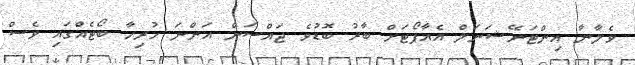
ވެލާނާ އިންޓަނޭޝަނަލް އެއާޕޯޓަށް ބާރު ބޮޑުވެ ޖައްސަން އަންނަ ހުރިހާ ބޯޓެއްގައި ވެސް